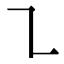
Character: ㇅